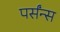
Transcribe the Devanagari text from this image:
पर्संन्स